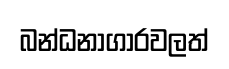
බන්ධනාගාරවලත්